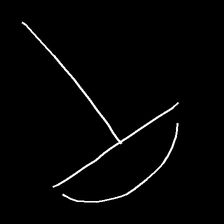
Glyph: dispersion